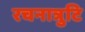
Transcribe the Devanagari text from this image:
रचनात्रुटि